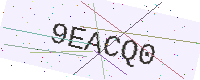
Text: 9EACQ0